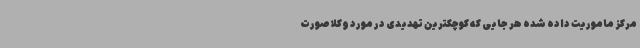
مرکز ماموریت داده شده هر جایی که کوچکترین تهدیدی در مورد وکلا صورت